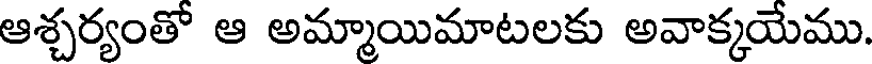
ఆశ్చర్యంతో ఆ అమ్మాయిమాటలకు అవాక్కయేము.